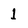
Character: 1